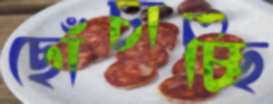
ছোঁচাচ্ছি